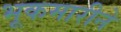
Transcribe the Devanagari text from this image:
भूकमारीने